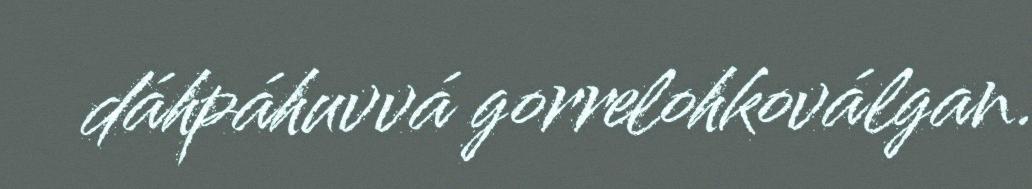
dáhpáhuvvá gorrelohkoválgan.